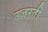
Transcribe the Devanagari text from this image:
उजरती